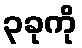
၃ခုကို